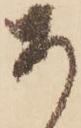
あ